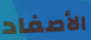
الأصفاد